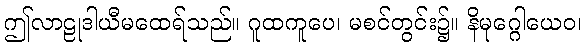
ဤလာဠုဒါယီမထေရ်သည်။ ဂူထကူပေ၊ မစင်တွင်း၌။ နိမုဂ္ဂေါယေဝ၊